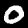
Digit: 0